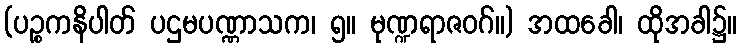
(ပဉ္စကနိပါတ် ပဌမပဏ္ဏာသက၊ ၅။ မုဏ္ဍရာဇဝဂ်။) အထခေါ၊ ထိုအခါ၌။